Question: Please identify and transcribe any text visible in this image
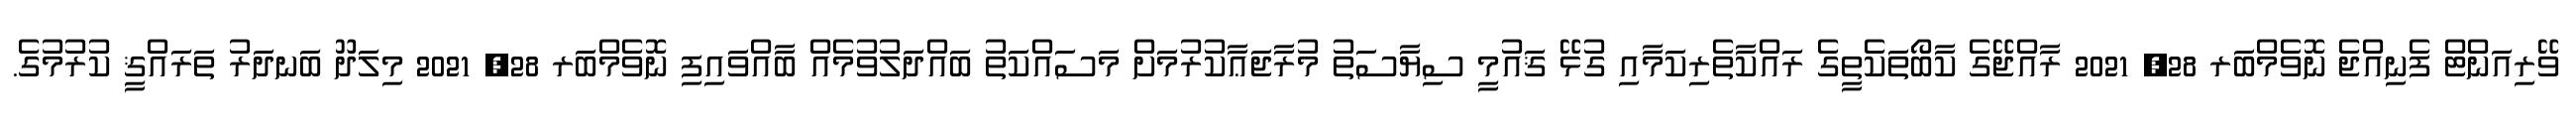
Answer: ވޭރިއަންޓް ފެނިއްޖެ ނޮވެމްބަރ 28, 2021 ރާއްޖޭގެ ކާބޯތަކެތީގެ ރައްކާތެރިކަމާއި ގުޅޭ ޤައުމީ ސިޔާސަތު މުރާޖަޢާކުރުމަށް މަސައްކަތު ބައްދަލުވުމެއް ބާއްވައިފި ނޮވެމްބަރ 28, 2021 މިލަދޫ ބަނދަރު ތަރައްޤީ ކުރުމުގެ.